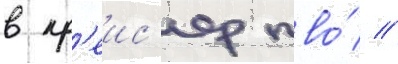
в кр'еис'ер пво́ //